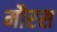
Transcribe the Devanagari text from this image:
मौरस